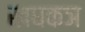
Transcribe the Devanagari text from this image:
खघकञ